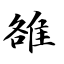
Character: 雒